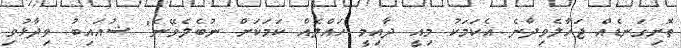
ތޮށިގަނޑެއް ޖަހާލެވިދާނެ އެކަމަކު މިއީ ދާއިމީ ހައްލެއް ކަމަކަށް ނުބެލެވޭނެ" ޝުއައިބު ވިދާޅުވި